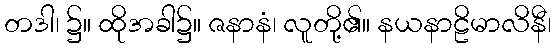
တဒါ၊ ၌။ ထိုအခါ၌။ ဇနာနံ၊ လူတို့၏။ နယနာဠိမာလိနီ၊